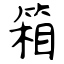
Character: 箱